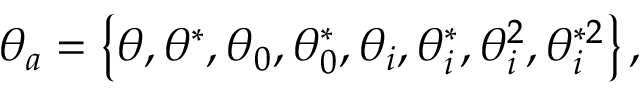
\theta _ { a } = \left\{ \theta , \theta ^ { \ast } , \theta _ { 0 } , \theta _ { 0 } ^ { \ast } , \theta _ { i } , \theta _ { i } ^ { \ast } , \theta _ { i } ^ { 2 } , \theta _ { i } ^ { \ast 2 } \right\} ,